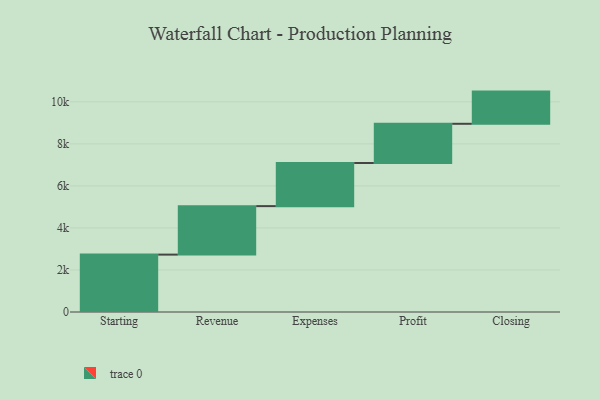
{"axis": {"x": "Step", "y": "Value"}, "legend": [""], "data": [{"x": "Starting", "y": 2731.0, "type": ""}, {"x": "Revenue", "y": 2307.0, "type": ""}, {"x": "Expenses", "y": 2053.0, "type": ""}, {"x": "Profit", "y": 1865.0, "type": ""}, {"x": "Closing", "y": 1532.0, "type": ""}]}